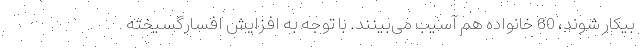
بیکار شوند، 60 خانواده هم آسیب می‌بینند. با توجه به افزایش افسارگسیخته